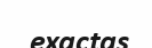
exactas